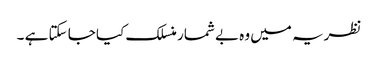
نظریہ میں وہ بے شمار منسلک کیا جا سکتا ہے ۔